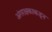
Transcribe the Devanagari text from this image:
अंगरक्षकाकडून